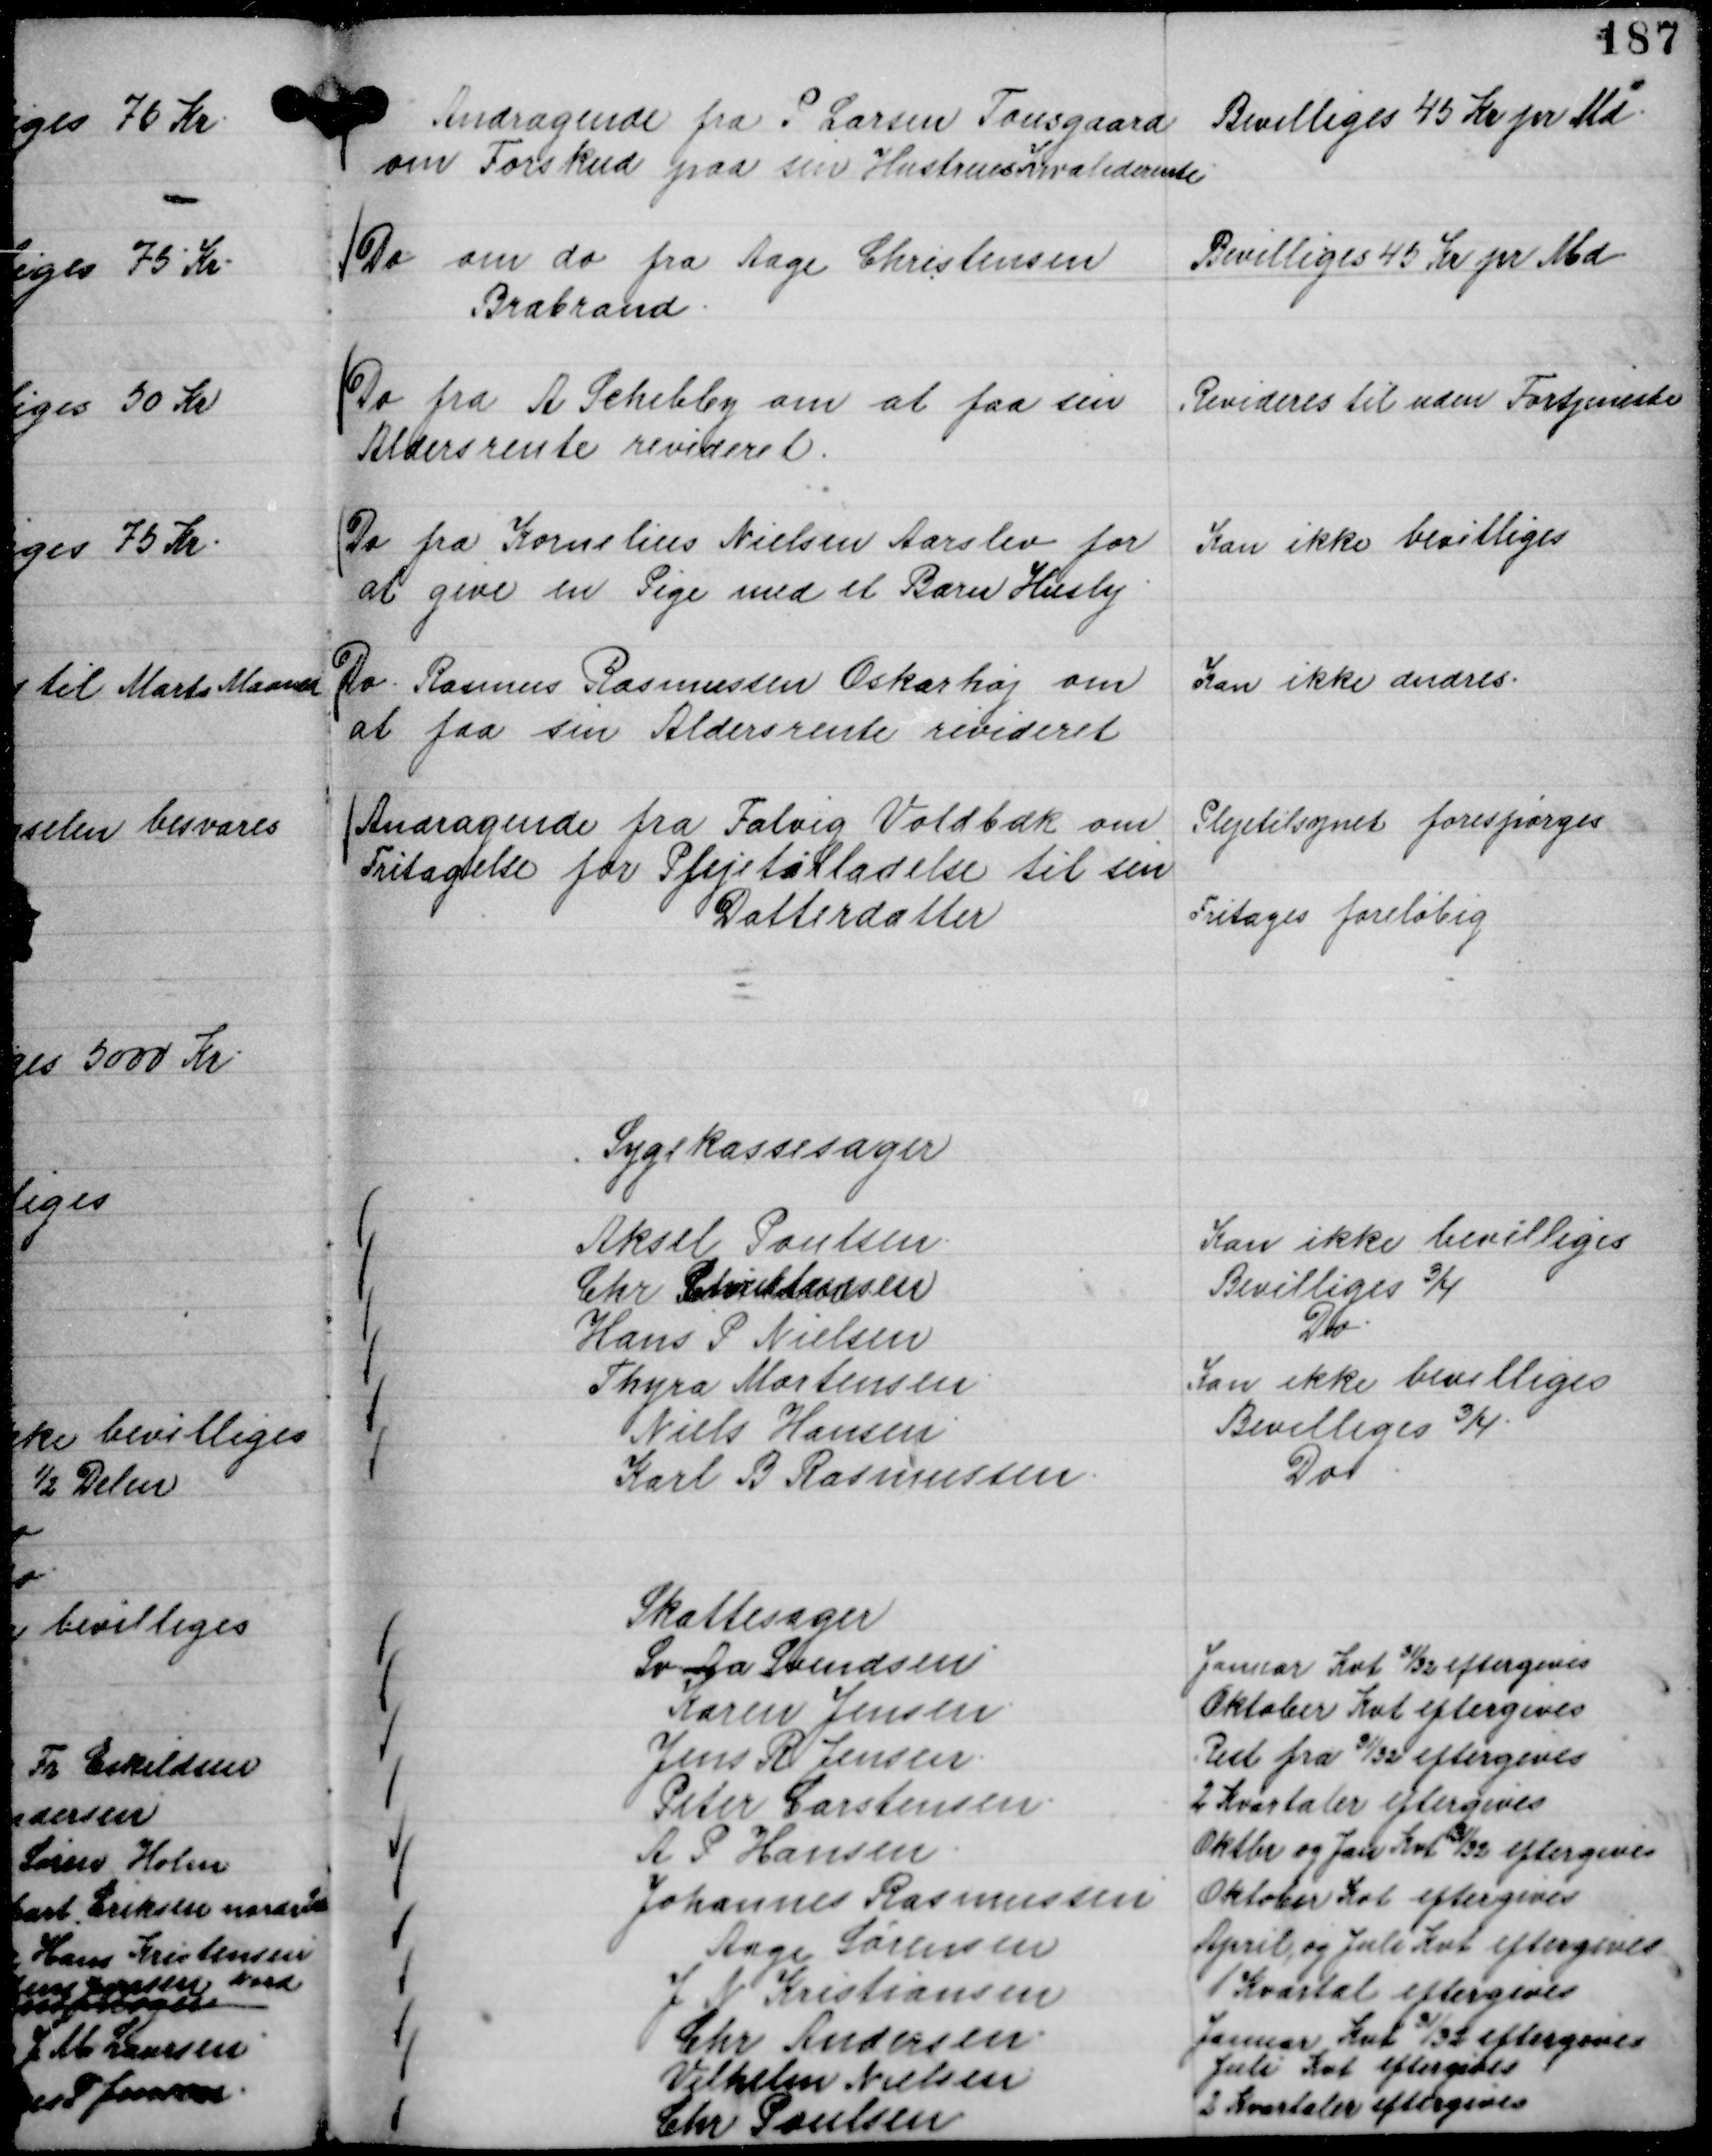
Transskription:
Andragende fra P Larsen Tousgaard
om Forskud paa sin Hustrues Invaliderente

Bevilliges 45 Kr pr Md.

Do om do fra Aage Christensen
Brabrand.

Bevilliges 45 Kr pr Md

Do fra A Schibby om at faa sin
Aldersrente revideret.

Revideres til uden Fortjeneste

Do fra Kornelius Nielsen Aarslev for
at give en Pige med et Barn Husly.

Kan ikke bevilliges

Do. Rasmus Rasmussen Oskarhøj om
at faa sin Aldersrente revideret

Kan ikke ændres.

Andragende fra Folvig Voldbæk om
Fritagelse for Plejetilladelse til sin
Datterdatter

Plejetilsynet forespørges
Fritages foreløbig

Sygekassesager
Aksel Poulsen.
Kan ikke bevilliges
Chr Christiansen
Bevilliges ¾
Hans P Nielsen
Do.
Thyra Mortensen.
Kan ikke bevilliges
Niels Hansen
Bevilliges ¾.
Karl B Rasmussen.
Do

Skattesager
Sv Aa Svendsen
Januar Kvt

31/32 eftergives
Karen Jensen.
Oktober Kvt eftergives
Jens R Jensen.
Rest fra

31/32 eftergives
Peter Carstensen.
2 Kvartaler eftergives
A P Hansen.
Oktober og Jan Kvt

31/32 eftergives
Johannes Rasmussen
Oktober Kvt eftergives
Aage Sørensen
April og Juli Kvt eftergives
J N Kristiansen
1 Kvartal eftergives
Chr Andersen.
Januar Kvt

31/32 eftergives
Vilhelm Nielsen
Juli Kvt eftergives
Chr Poulsen.
2 Kvartaler eftergives